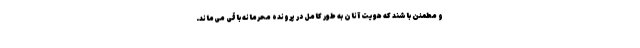
و مطمئن باشند که هویت آنان به طور کامل در پرونده محرمانه باقی می‌ماند.